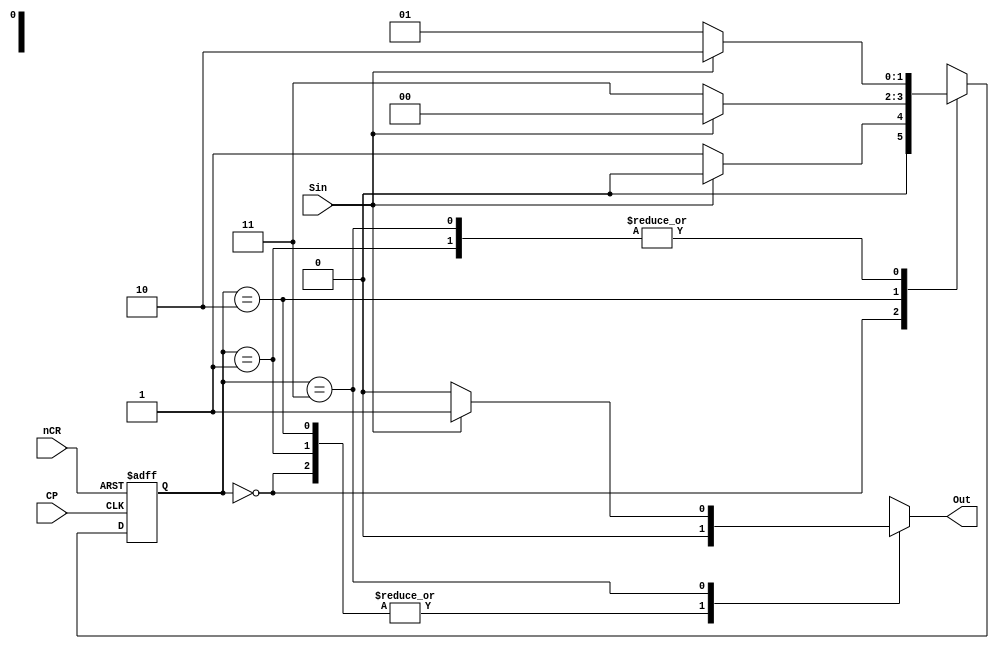
//
//
//0101

module Detect02(Sin,CP,nCR,Out);
	input Sin,CP,nCR;
	output reg Out;
	
	reg [1:0] Current_state,Next_state;
	
	parameter [1:0] S0=2'b00,S1=2'b01,S2=2'b10,S3=2'b11;
	
	//
	always@(posedge CP or negedge nCR)
	begin
		if(!nCR)
			Current_state<=S0;
		else
			Current_state<=Next_state;
	end
	
	//
	always@(Current_state or Sin)
	begin
		Next_state=2'bxx;
		Out=1'b0;
		
		case(Current_state)
			S0:begin Out=1'b0;Next_state=(Sin==1)?S0:S1;end
			S1:begin Out=1'b0;Next_state=(Sin==1)?S2:S1;end
			S2:begin Out=1'b0;Next_state=(Sin==1)?S0:S3;end
			S3:if(Sin==1)
				begin Out=1'b1;Next_state=S2;end
				else
				begin Out=1'b0;Next_state=S1;end
		endcase
	end
	
endmodule